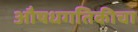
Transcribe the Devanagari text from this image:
औषधगतिकीचा